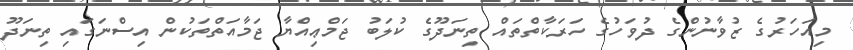
މިއަހަރުގެ ޒުވާނުންގެ ދުވަހުގެ ހަރަކާތްތައް ތިނަދޫގެ ކުލަބު ޖަމްޢިއްޔާ ޖަމާއަތްތަކުން އިސްނަގައި ތިނަދޫ